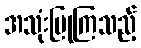
အသုံးပြုကြသည့်